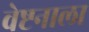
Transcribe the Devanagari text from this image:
वेष्टनाला